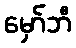
မှော်ဘီ